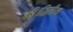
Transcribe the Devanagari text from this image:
की।द्वितीय